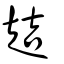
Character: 趌